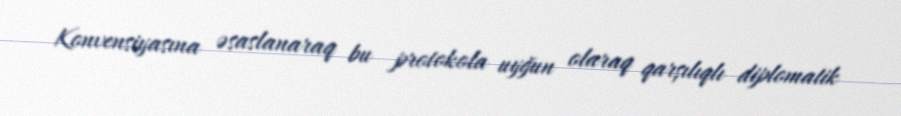
Konvensiyasına əsaslanaraq bu protokola uyğun olaraq qarşılıqlı diplomatik